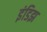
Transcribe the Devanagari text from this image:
इंडिझ